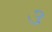
૩